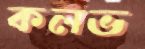
কলভ